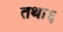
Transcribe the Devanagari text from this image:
तथा६